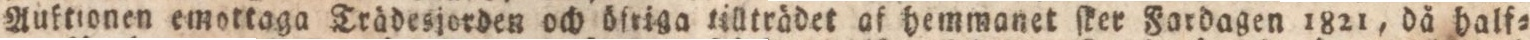
Anſtionen emottaga Trädesjorden och öfriga tilltrödet af hemmanet ſker Fordagen 1821, då half=